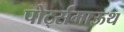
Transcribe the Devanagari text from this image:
पोर्ट्समाऊथ